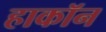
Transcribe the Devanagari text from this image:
हाकॉन